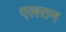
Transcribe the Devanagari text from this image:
एलरान